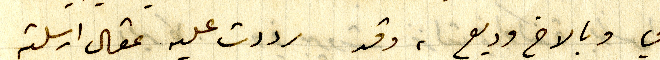
بي وبالاخ وديع، وقد رددت عليه بمقال ارسلته